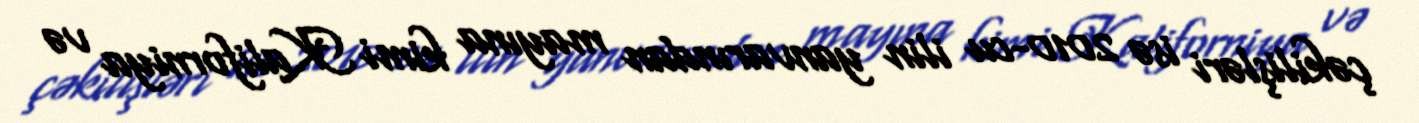
çəkilişləri isə 2010-cu ilin yanvarından mayına kimi Kaliforniya və